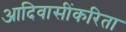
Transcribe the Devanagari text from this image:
आदिवासींकरिता